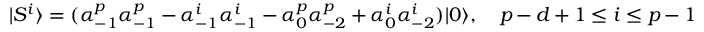
| S ^ { i } \rangle = ( \alpha _ { - 1 } ^ { p } \alpha _ { - 1 } ^ { p } - \alpha _ { - 1 } ^ { i } \alpha _ { - 1 } ^ { i } - \alpha _ { 0 } ^ { p } \alpha _ { - 2 } ^ { p } + \alpha _ { 0 } ^ { i } \alpha _ { - 2 } ^ { i } ) | 0 \rangle , \quad p - d + 1 \le i \le p - 1